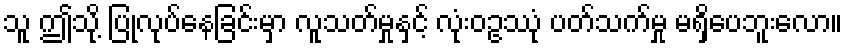
သူ ဤသို့ ပြုလုပ်နေခြင်းမှာ လူသတ်မှုနှင့် လုံးဝဥဿုံ ပတ်သက်မှု မရှိပေဘူးလော။